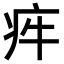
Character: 𤵃